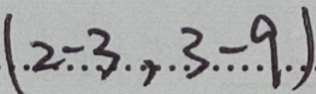
( 2 - 3 , 3 - 9 )